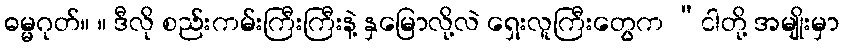
ဓမ္မဂုတ်။ ။ ဒီလို စည်းကမ်းကြီးကြီးနဲ့ နှမြောလို့လဲ ရှေးလူကြီးတွေက “ငါတို့ အမျိုးမှာ